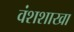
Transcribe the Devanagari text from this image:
वंशशाखा